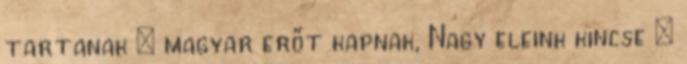
tartanak – magyar erőt kapnak, Nagy eleink kincse –